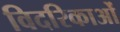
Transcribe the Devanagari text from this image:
विदरिकाओं